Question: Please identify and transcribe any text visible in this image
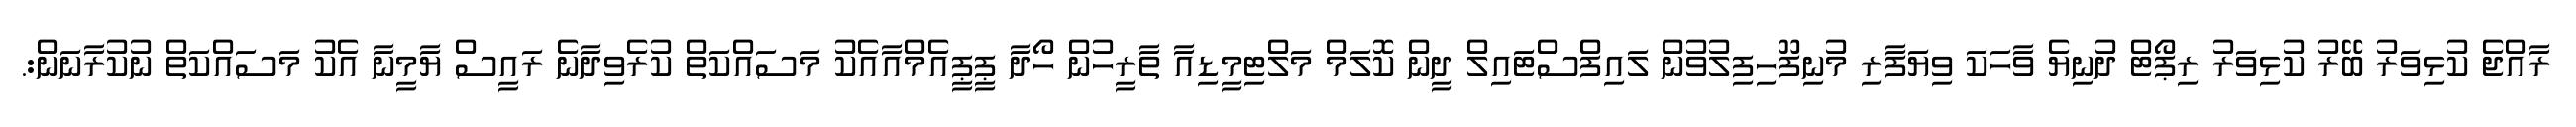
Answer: ރާއްޖެ ކުޅިވަރު ބޭރު ކުޅިވަރު ރިޕޯޓް ދުނިޔެ ވާހަކަ ވިޔަފާރި މުނިފޫހިފިލުވުން ލައިފްސްޓައިލް ދީން ކޮލަމް މަލްޓިމީޑިއާ ތާރީހުން ހޯދާ ޕީޕީއެމްއާއެކު މަސައްކަތް ކުރެވިދާނެ ރައީސް ޔާމީނާ އެކު މަސައްކަތް ނުކުރާނަން:.